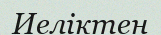
Иеліктен